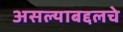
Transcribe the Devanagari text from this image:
असल्याबद्दलचे